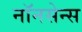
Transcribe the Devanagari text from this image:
नॉनसेन्स